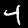
Label: 4